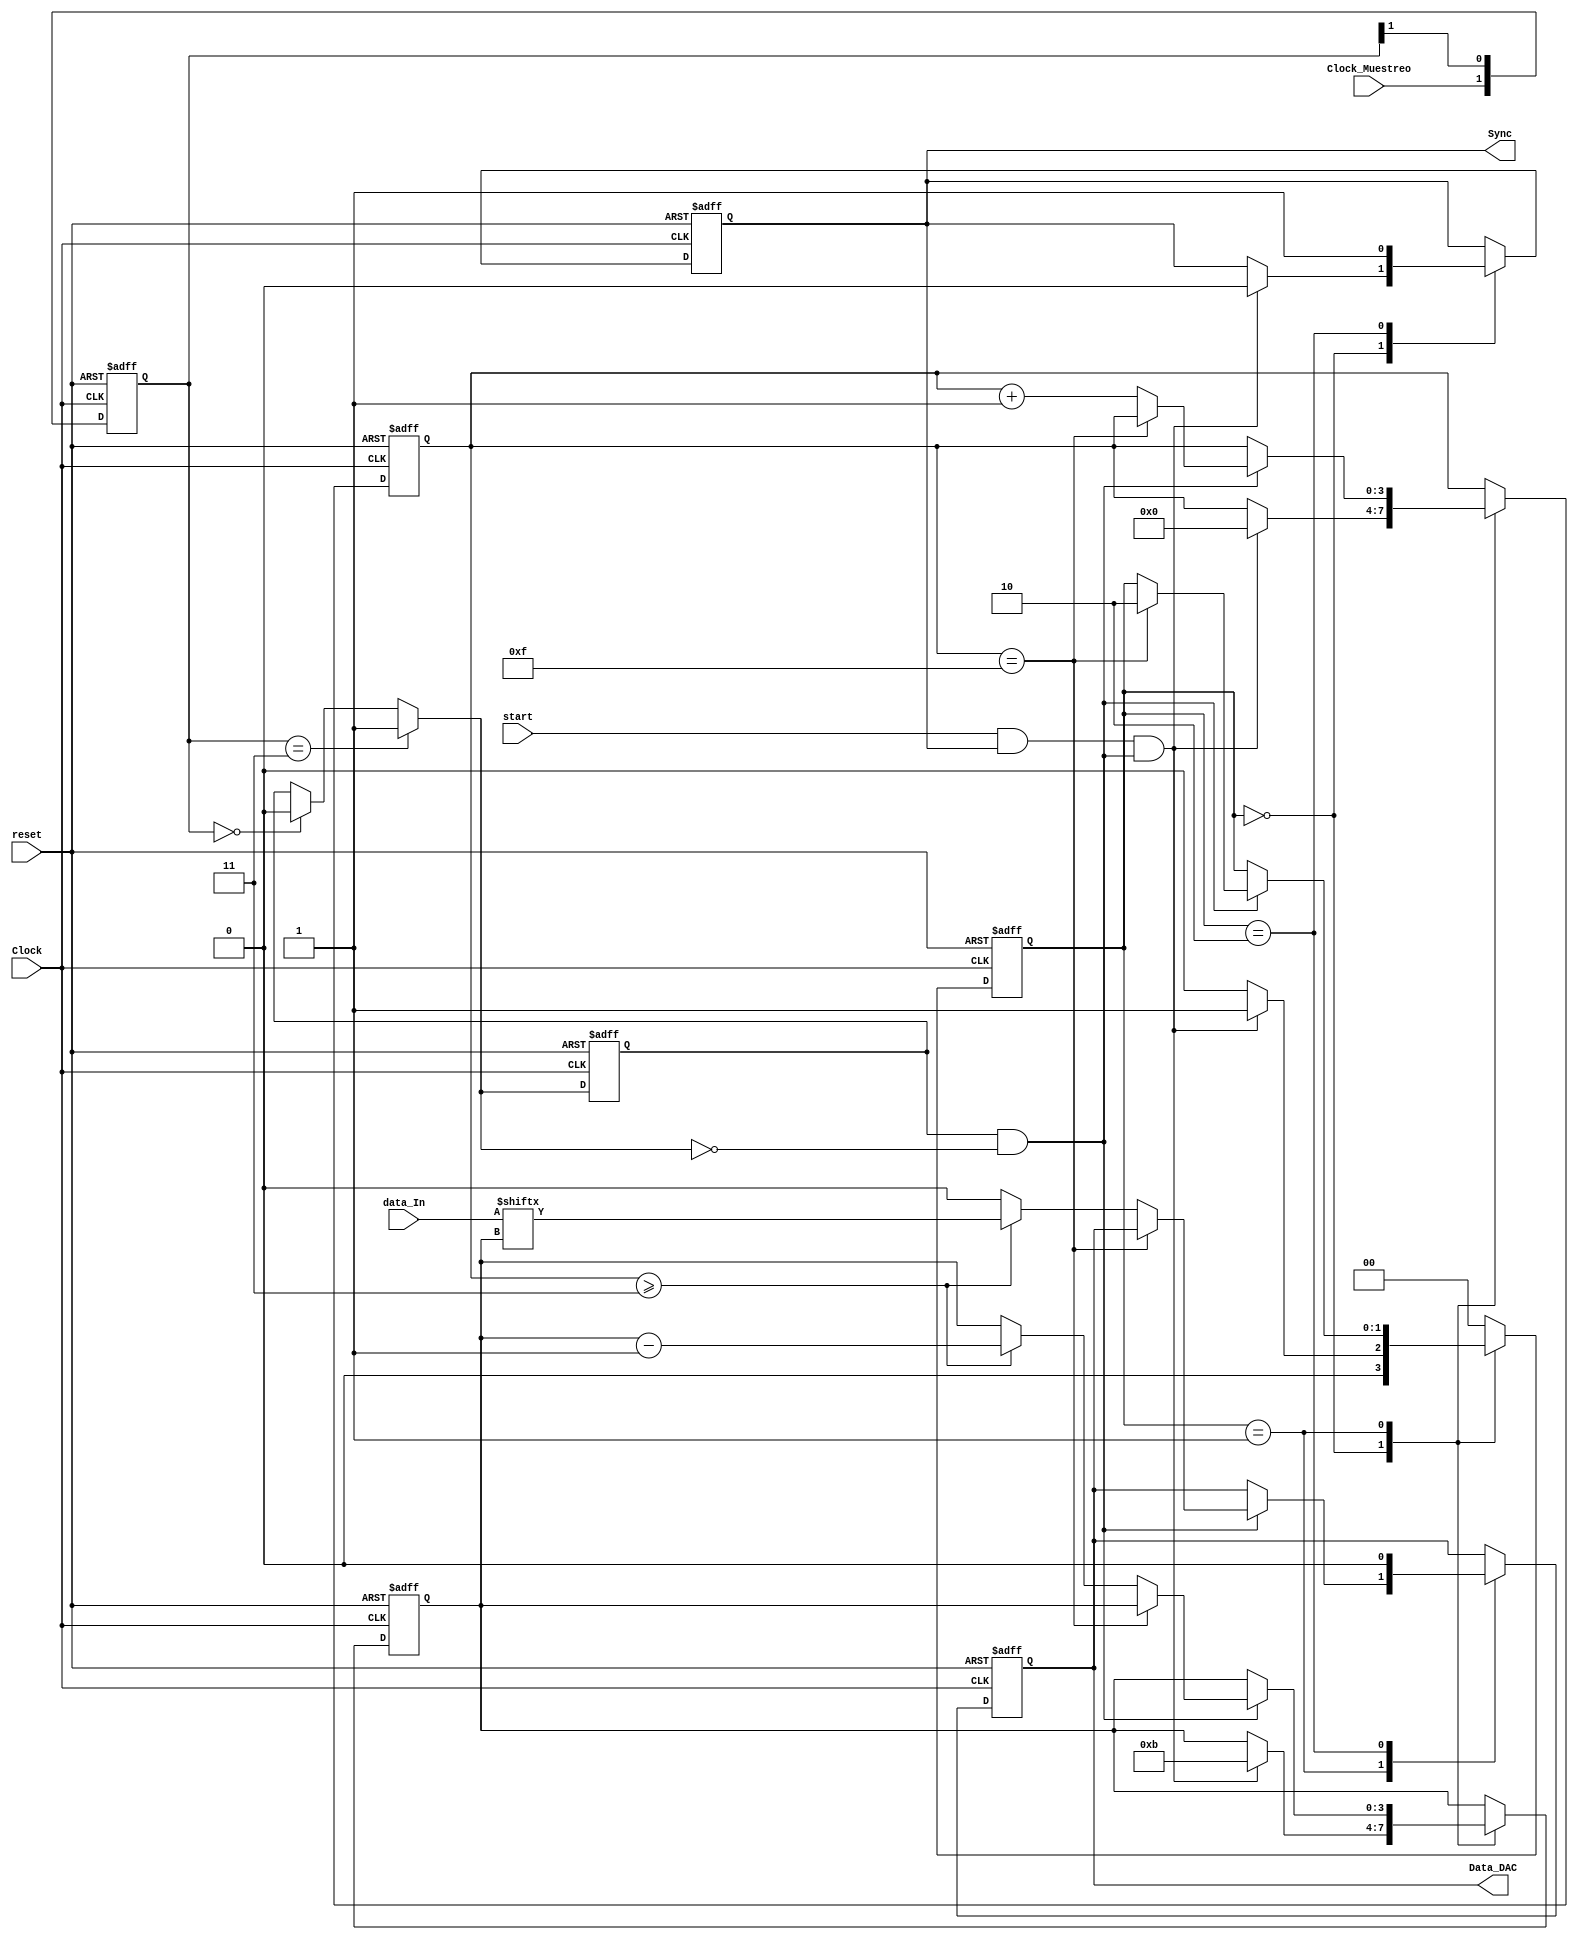
`timescale 1ns / 1ps
//////////////////////////////////////////////////////////////////////////////////
// Company: 
// Engineer: 
// 
// Design Name: 
// Module Name:    Protocolo_DAC 
// Project Name: 
// Target Devices: 
// Tool versions: 
// Description: 
//
// Dependencies: 
//
// Revision: 
// Revision 0.01 - File Created
// Additional Comments: 
//
//////////////////////////////////////////////////////////////////////////////////
module Protocolo_DAC
#(parameter N=12)
(
input wire Clock_Muestreo,
input wire Clock,reset, 
input wire [N-1:0] data_In,
input wire start,
output wire Sync,
output wire Data_DAC
);
 
// se definen los estados de la maquina 

localparam [1:0]
                Inicio = 2'b00,
					 enviar = 2'b01,
					 Listo  = 2'b10;
// variables de logica de la maquina 
					 
reg Data_Act,Data_next;
reg [3:0] bit_num_A, bit_num_N;
reg Sync_A , Sync_N; 
reg [1:0] Estado_Act,Estado_Next;
reg [3:0]contador_A,contador_N; 
reg done; 
reg [1:0] valor_A;
wire [1:0] Valor_next; 
reg  clockd_A;
wire clockd_next;

always @(posedge Clock, posedge reset)
  if (reset)
     begin 
	        valor_A <= 0 ;
			  clockd_A <= 0 ;
	  end   
  else 
     begin 
	       valor_A <= Valor_next ;
			 clockd_A <= clockd_next ;
			end 
	assign Valor_next =  {Clock_Muestreo,valor_A[1]};
   assign clockd_next =  (valor_A==2'b11) ? 1'b1 :
		                   (valor_A==2'b00) ? 1'b0 :
								  clockd_A;
								  
	assign fall_edge = clockd_A & ~ clockd_next ; 

// Acualizacion de los estados actuales y reset
always@(negedge Clock, posedge reset)
       begin 
		      if(reset)
				   begin
				   Data_Act <= 0;
               Sync_A <= 1;
					Estado_Act <= 0;
					contador_A <= 0;
					bit_num_A <= 0;
				   end
            else 
				   begin 
				   Data_Act <= Data_next;
					Sync_A <= Sync_N;
					Estado_Act <= Estado_Next;
					contador_A <= contador_N;
					bit_num_A <= bit_num_N;
					end 
			end 
			
// logica de estado proximo de la maquina 

always @*
      begin 
		Data_next = Data_Act;
		Sync_N =Sync_A;
		Estado_Next = Estado_Act;
		contador_N = contador_A;
		bit_num_N = bit_num_A; 
		case (Estado_Act)
		      
				Inicio :  if(start && Sync_N && fall_edge)
				             begin
				             Sync_N = 1'b0;
								 bit_num_N = 4'd11; 
								 contador_N = 4'd0;

							    Estado_Next = enviar;
							    end 
							 else 
							    Estado_Next = Inicio;
		    enviar :  if(fall_edge)
			              begin
			               if (contador_N == 15)
						          begin
								    Estado_Next = Listo;
                            end 
						  
						      else if (contador_N >= 3)
							        begin 
							        Data_next = data_In [bit_num_N] ;
							        bit_num_N = bit_num_N - 1'b1 ;
							        contador_N = contador_N + 1'b1 ;
							        end
							    else 
							        begin 
								     Data_next = 1'b0;
								     contador_N = contador_N + 1'b1;
								     end 
								end 
			 Listo :
			            begin
						   Data_next = 1'b0;
							Sync_N = 1'b1;
							Estado_Next = Inicio;
							end 
							
			default :   Estado_Next = Inicio;
			endcase
			end 
// asignaciones a las salidas del modulo 

assign Sync = Sync_A;
assign Data_DAC= Data_Act;
endmodule